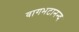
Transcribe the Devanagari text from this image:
वागभटानन्द